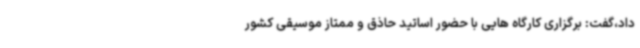
داد،گفت: برگزاری کارگاه هایی با حضور اساتید حاذق و ممتاز موسیقی کشور